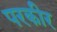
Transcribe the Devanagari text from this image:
परकीर